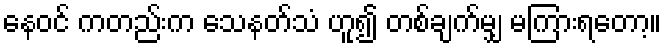
နေဝင် ကတည်းက သေနတ်သံ ဟူ၍ တစ်ချက်မျှ မကြားရတော့။